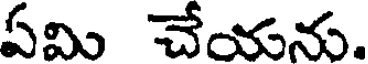
ఏమి చేయను.